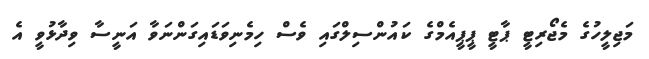
މަޖިލީހުގެ މެޖޯރިޓީ ޕާޓީ ޕީޕީއެމްގެ ކައުންސިލްގައި ވެސް ހިމެނިވަޑައިގަންނަވާ އަނީސާ ވިދާޅުވީ އެ